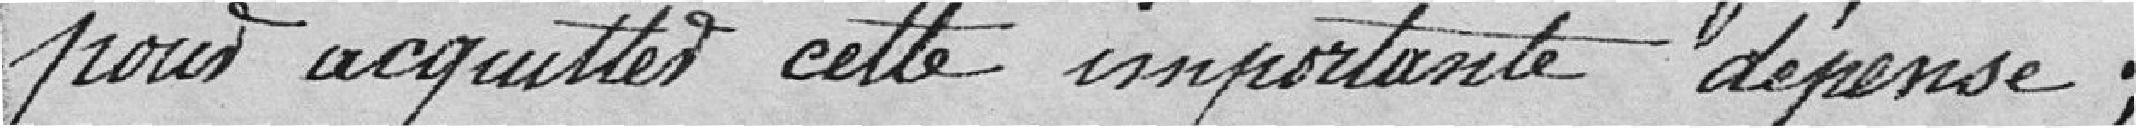
pour acquitter de cette importante dépense ;